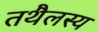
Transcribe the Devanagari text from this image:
तथैलस्य